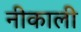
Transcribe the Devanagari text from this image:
नीकाली